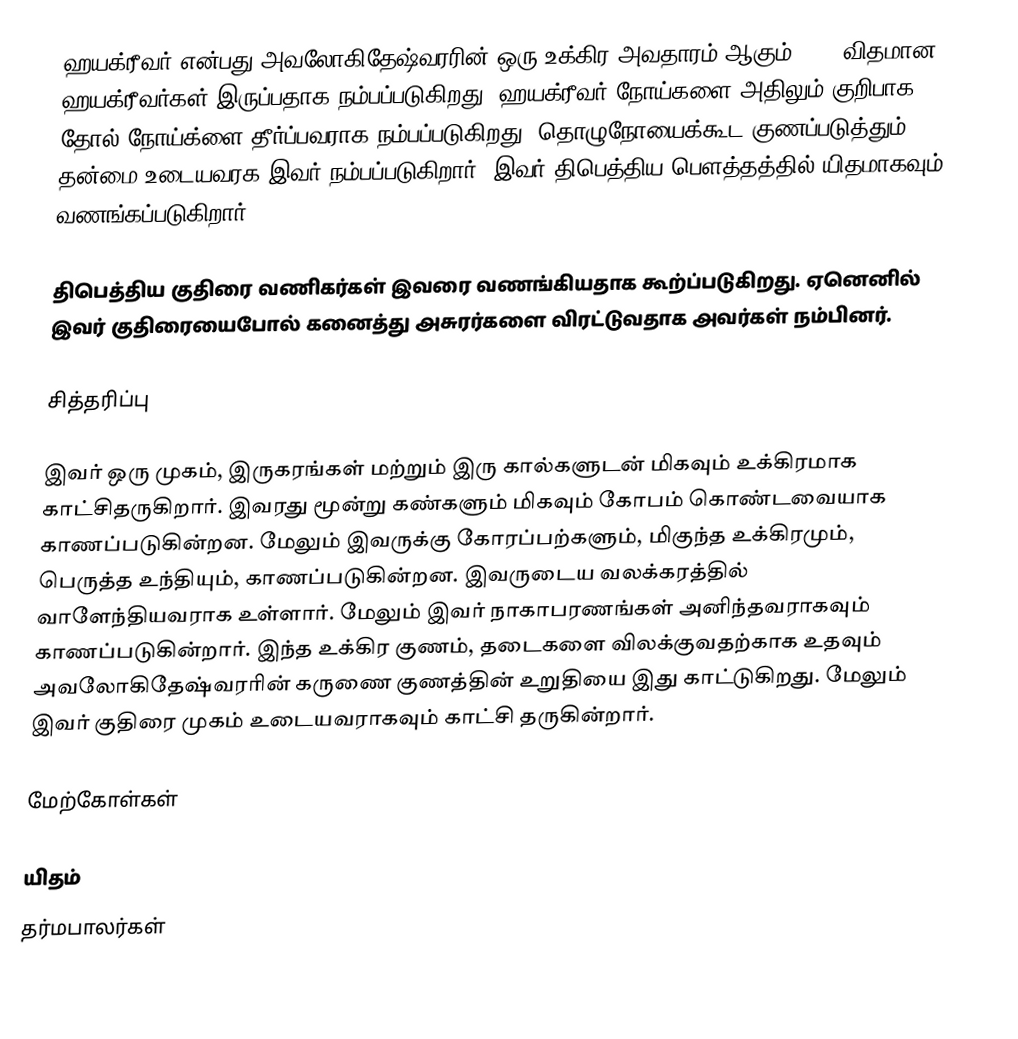
ஹயக்ரீவர் என்பது அவலோகிதேஷ்வரரின் ஒரு உக்கிர அவதாரம் ஆகும். 108 விதமான ஹயக்ரீவர்கள் இருப்பதாக நம்பப்படுகிறது. ஹயக்ரீவர் நோய்களை அதிலும் குறிபாக தோல் நோய்க்ளை தீர்ப்பவராக நம்பப்படுகிறது. தொழுநோயைக்கூட குணப்படுத்தும் தன்மை உடையவரக இவர் நம்பப்படுகிறார். இவர் திபெத்திய பௌத்தத்தில் யிதமாகவும் வணங்கப்படுகிறார்.

திபெத்திய குதிரை வணிகர்கள் இவரை வணங்கியதாக கூற்ப்படுகிறது. ஏனெனில் இவர் குதிரையைபோல் கனைத்து அசுரர்களை விரட்டுவதாக அவர்கள் நம்பினர்.

சித்தரிப்பு

இவர் ஒரு முகம், இருகரங்கள் மற்றும் இரு கால்களுடன் மிகவும் உக்கிரமாக காட்சிதருகிறார். இவரது மூன்று கண்களும் மிகவும் கோபம் கொண்டவையாக காணப்படுகின்றன. மேலும் இவருக்கு கோரப்பற்களும், மிகுந்த உக்கிரமும், பெருத்த உந்தியும், காணப்படுகின்றன. இவருடைய வலக்கரத்தில் வாளேந்தியவராக உள்ளார். மேலும் இவர் நாகாபரணங்கள் அனிந்தவராகவும் காணப்படுகின்றார். இந்த உக்கிர குணம்,  தடைகளை விலக்குவதற்காக உதவும் அவலோகிதேஷ்வரரின் கருணை குணத்தின் உறுதியை இது காட்டுகிறது.  மேலும் இவர் குதிரை முகம் உடையவராகவும் காட்சி தருகின்றார்.

மேற்கோள்கள்

யிதம்
தர்மபாலர்கள்